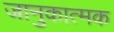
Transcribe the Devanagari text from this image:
जानुकात्मक